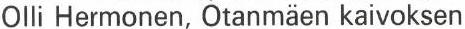
Olli Hermonen, Otanmäen kaivoksen